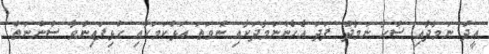
ޢީދު ނަމާދާއި ޟުޙާ ނަމާދު ފަދަ އެހެންނަމާދަކާއި ނުވަަތަ އަޅުކަމަކާއި ގުޅިފައިނުވާ ސުންނަތް